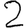
Digit: 2